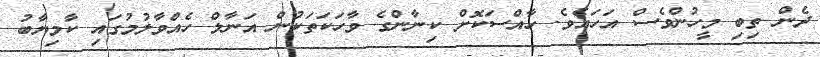
ދެން ތިބި މީހުންވެސް އަހައެވެ. ހާއްސަކޮށް ކިނާންގެ ވާހަކަތަކުން އަނާލް ހެއްވާލުމުގައި ކާމިޔާބު